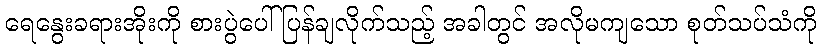
ရေနွေးခရားအိုးကို စားပွဲပေါ် ပြန်ချလိုက်သည့် အခါတွင် အလိုမကျသော စုတ်သပ်သံကို